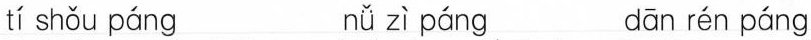
tí shǒu páng nǚ zì páng dān rén páng